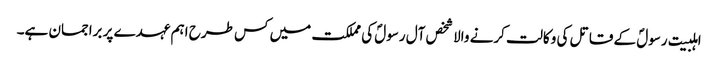
اہلبیت رسولؐ کے قاتل کی وکالت کرنے والا شخص آل رسولؐ کی مملکت میں کس طرح اہم عہدے پر براجمان ہے۔